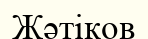
Жәтіков